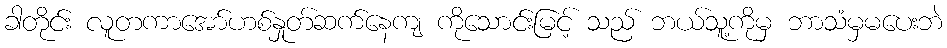
ခါတိုင်း လူတကာအော်ဟစ်နှုတ်ဆက်နေကျ ကိုသောင်းမြင့် သည် ဘယ်သူ့ကိုမှ ဘာသံမှမပေးဘဲ